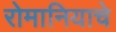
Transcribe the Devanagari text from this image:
रोमानियाचे